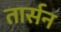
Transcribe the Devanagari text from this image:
तार्सन